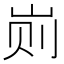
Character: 𰎖